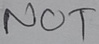
Text: NOT